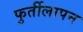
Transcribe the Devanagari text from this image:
फुर्तीलापन